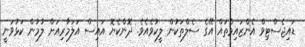
ޑައިޖެސްޓިވް އެންޒައިމްތައް އޭގެ ސެލްތަކުން ލީކުވެއެވެ. ދޮންކެޔޮ އައިސް އަލަމާރިއަށް ލުމުން ކަޅުވަނީ